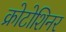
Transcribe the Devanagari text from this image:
क्रोटोशिनर